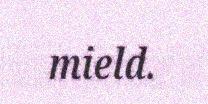
mield.